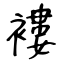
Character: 褸